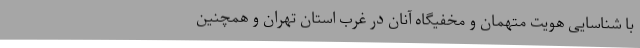
با شناسایی هویت متهمان و مخفیگاه آنان در غرب استان تهران و همچنین